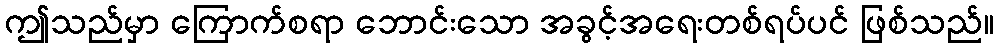
ဤသည်မှာ ကြောက်စရာ ဘောင်းသော အခွင့်အရေးတစ်ရပ်ပင် ဖြစ်သည်။